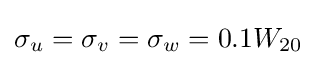
\sigma _{u}=\sigma _{v}=\sigma _{w}=0.1W_{20}